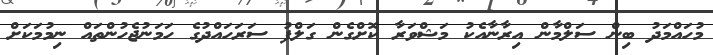
މުހައްމަދު ބިން ސަލްމާން އިރާނާއެކު މަޝްވަރާ ކޮށްގެން ގަލްފު ސަރަހައްދުގެ ހަމަނުޖެހުންތައް ނިމުމަކަށް